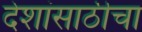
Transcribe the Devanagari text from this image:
देशांसाठीचा